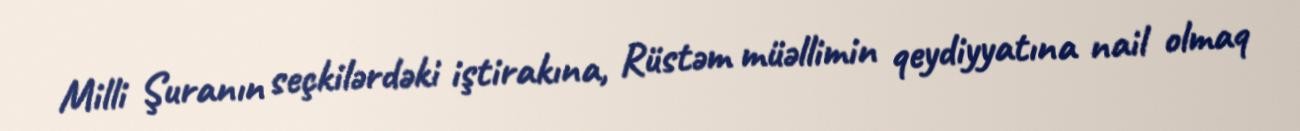
Milli Şuranın seçkilərdəki iştirakına, Rüstəm müəllimin qeydiyyatına nail olmaq